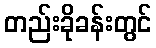
တည်းခိုခန်းတွင်